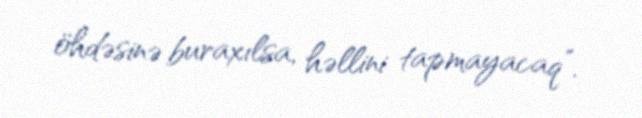
öhdəsinə buraxılsa, həllini tapmayacaq”.